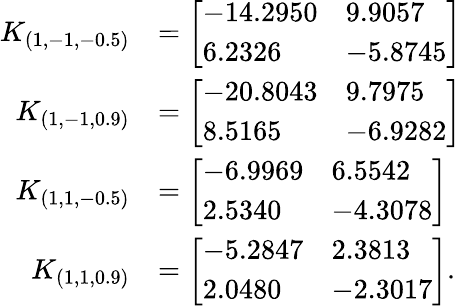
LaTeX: \begin{array}{rl}{K_{(1,-1,-0.5)}}&{=\left[\begin{array}{ll}{-14.2950}&{9.9057}\\ {6.2326}&{-5.8745}\end{array}\right]}\\ {K_{(1,-1,0.9)}}&{=\left[\begin{array}{ll}{-20.8043}&{9.7975}\\ {8.5165}&{-6.9282}\end{array}\right]}\\ {K_{(1,1,-0.5)}}&{=\left[\begin{array}{ll}{-6.9969}&{6.5542}\\ {2.5340}&{-4.3078}\end{array}\right]}\\ {K_{(1,1,0.9)}}&{=\left[\begin{array}{ll}{-5.2847}&{2.3813}\\ {2.0480}&{-2.3017}\end{array}\right].}\end{array}